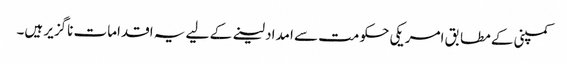
کمپنی کے مطابق امریکی حکومت سے امداد لینے کے لیے یہ اقدامات ناگزیر ہیں۔